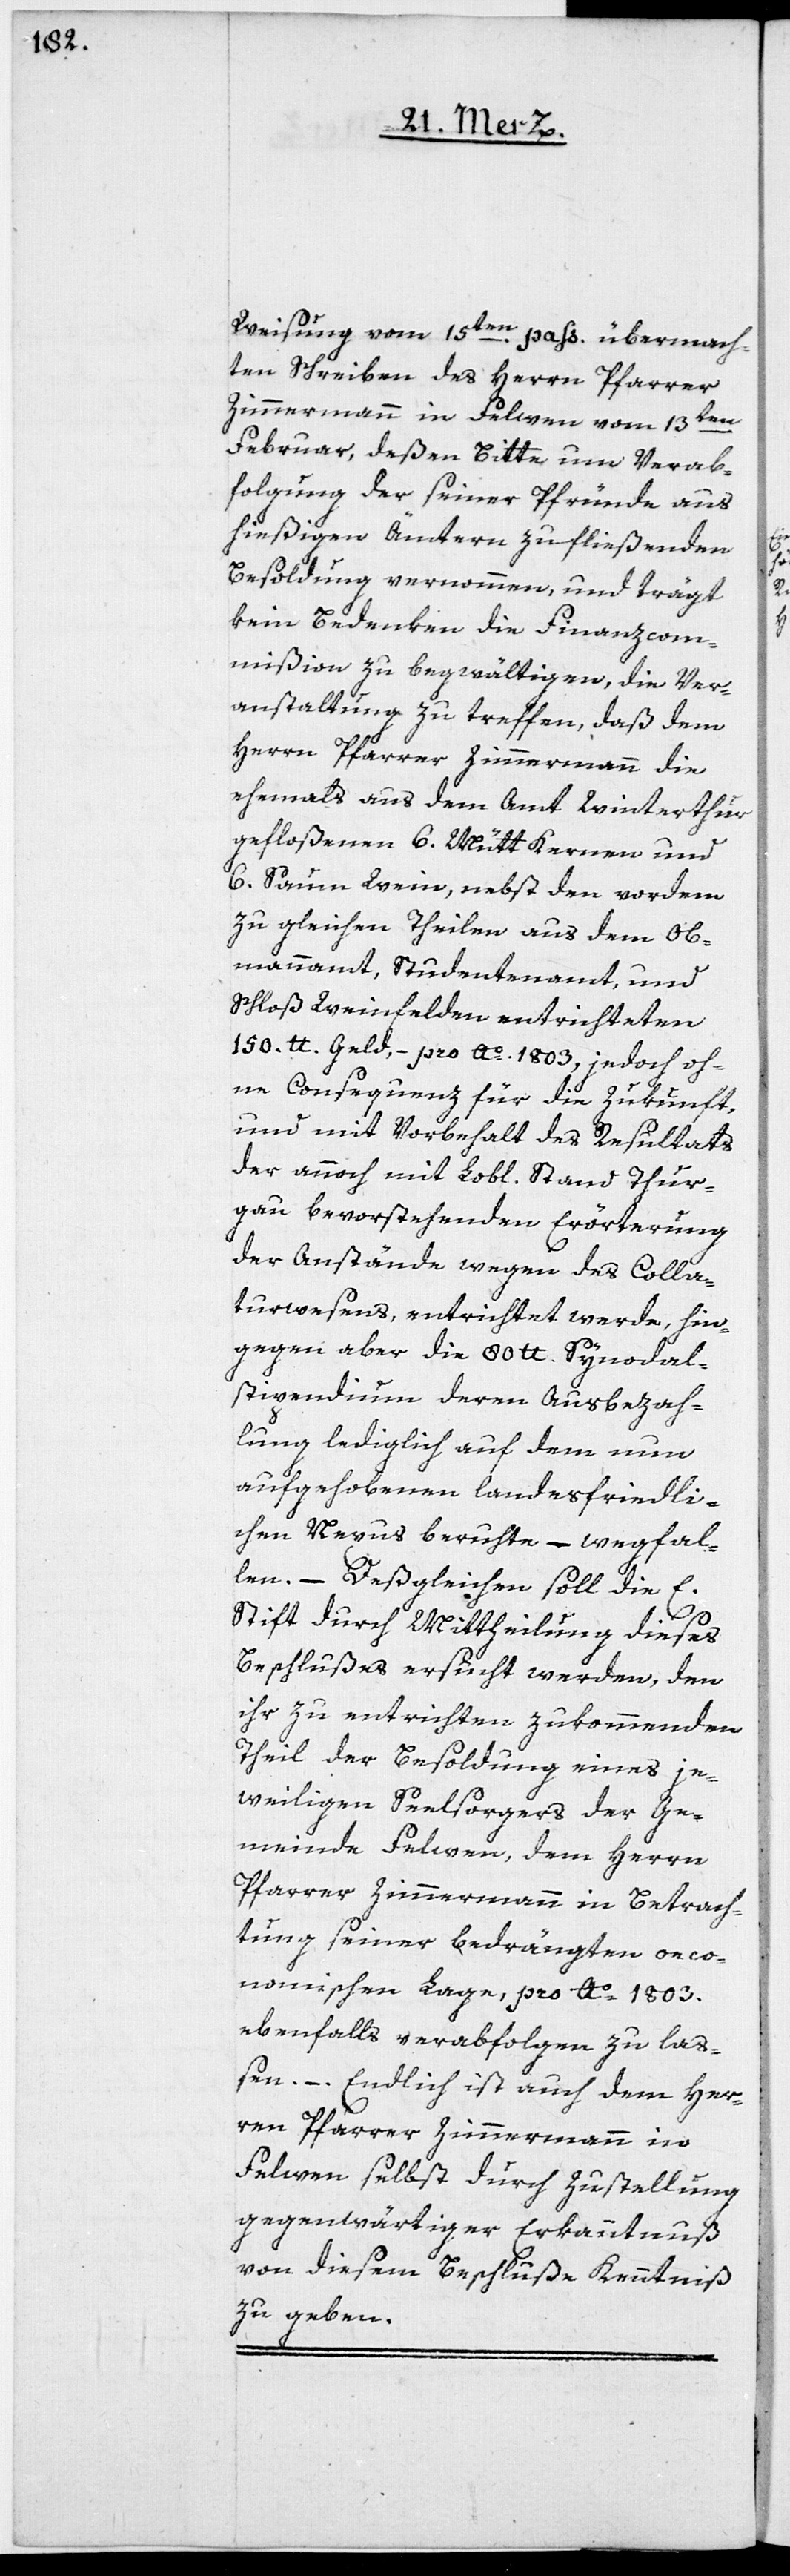
pass. übermach¬
ten Schreiben des Herrn Pfarrer
Zimmermann in Felwen vom 13ten
Februar, deßen Bitte um Verab¬
folgung der seiner Pfründe aus
hießigen Ämtern zufließenden
Besoldung vernommen, und trägt
kein Bedenken die Finanzcom¬
mißion zu begwältigen, die Ver¬
anstaltung zu treffen, daß dem
Herrn Pfarrer Zimmermann die
ehemals aus dem Amt Winterthur
gefloßenen 6. Mütt Kernen und
6. Saum Wein, nebst den vordem
zu gleichen Theilen aus dem Ob¬
mannamt, Studentenamt und
Schloß Weinfelden entrichteten
150. lb. Geld, – pro Ao. 1803, jedoch oh¬
ne Consequenz für die Zukunft
und mit Vorbehalt des Resultats
der annoch mit Lobl. Stand Thur¬
gau bevorstehenden Erörterung
der Anstände wegen des Colla¬
turwesens, entrichtet werde, hin¬
gegen aber die 80. lb. Synodal-S¬
tipendium deren Ausbezah¬
lung lediglich auf dem nun
aufgehobenen landesfriedli¬
chen Nexus beruhte, – wegfal¬
len. – Deßgleichen soll die E.
Stift durch Mittheilung dieses
Beschlußes ersucht werden, den
ihr zu entrichten zukommenden
Theil der Besoldung eines je¬
weiligen Seelsorgers der Ge¬
meinde Felwen, dem Herrn
Pfarrer Zimmermann in Betrach¬
tung seiner bedrängten oeco¬
nomischen Lage, pro Ao. 1803.
ebenfalls verabfolgen zu laß¬
en. – Endlich ist auch dem Her¬
ren Pfarrer Zimmermann in
Felwen selbst durch Zustellung
gegenwärtiger Erkanntnuß
von diesem Beschluß Kenntniß
zu geben.